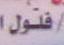
فلول